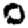
Digit: 0